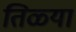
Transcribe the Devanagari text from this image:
तिळ्या